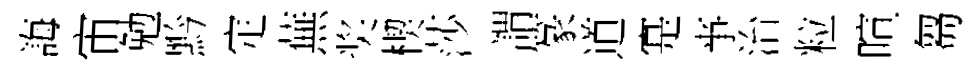
誨宙勉黔定蕪奖楔莎謂篆道寔亊治粒喧芻